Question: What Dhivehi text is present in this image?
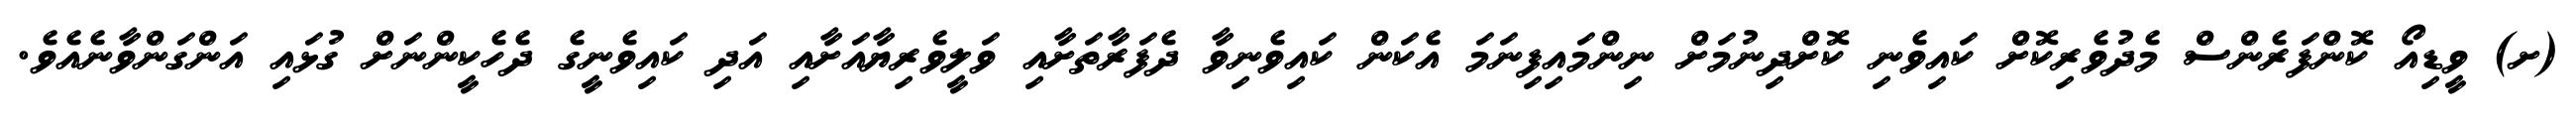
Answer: (ށ) ވީޑިއޯ ކޮންފަރެންސް މެދުވެރިކޮށް ކައިވެނި ކޮށްދިނުމަށް ނިންމައިފިނަމަ އެކަން ކައިވެނިވާ ދެފަރާތަށާއި ވަލީވެރިޔާއަށާއި އަދި ކައިވެނީގެ ދެހެކީންނަށް ގުޅައި އަންގަންވާނެއެވެ.